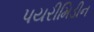
પયરીમિડીન